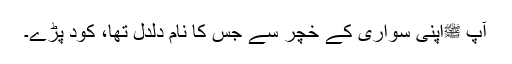
آپ ﷺاپنی سواری کے خچر سے جس کا نام دلدل تھا، کود پڑے۔